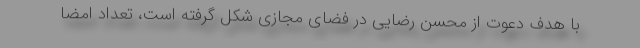
با هدف دعوت از محسن رضایی در فضای مجازی شکل گرفته است، تعداد امضا